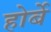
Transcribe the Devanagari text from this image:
होर्बे